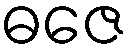
ဓဇေ